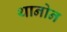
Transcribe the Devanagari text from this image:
थानोन